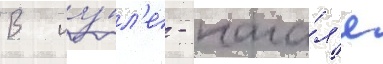
В иу́л'е - нача́л'е